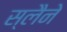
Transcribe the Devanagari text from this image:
स्लैने